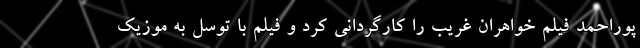
پوراحمد فيلم خواهران غريب را کارگرداني کرد و فيلم با توسل به موزيک